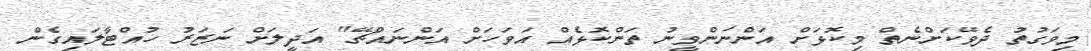
މިވަގުތު ދެވޭކަށްނެތް މިކޮޅަށް އަންނަންވީނު ތަންކޮޅެއް އަވަހަށް އަންނައްޗޭ" އަދީލަށް ނަޒަރު ހުއްޓާލައިގެން